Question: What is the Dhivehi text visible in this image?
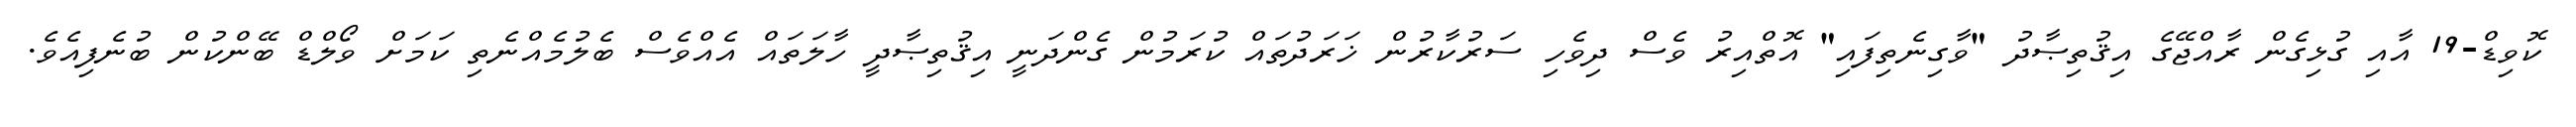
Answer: ކޮވިޑް-19 އާއި ގުޅިގެން ރާއްޖޭގެ އިޤުތިޞާދު "ވާގިނެތިފައި" އޮތްއިރު ވެސް ދިވެހި ސަރުކާރުން ޚަރަދުތައް ކުރަމުން ގެންދަނީ އިޤުތިޞާދީ ހާލަތައް އެއްވެސް ބެލުމެއްނެތި ކަމަށް ވޯލްޑް ބޭންކުން ބުނެފިއެވެ.